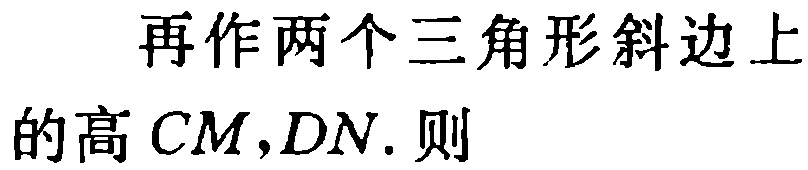
再作两个三角形斜边上的高 \(CM,DN.\) 则